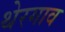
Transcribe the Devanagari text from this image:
थेरगाव